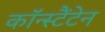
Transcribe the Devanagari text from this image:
कॉन्स्टैंटेन